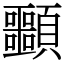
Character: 䫷